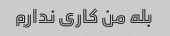
بله من کاری ندارم